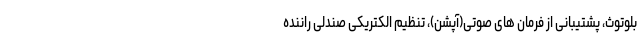
بلوتوث، پشتیبانی از فرمان های صوتی(آپشن)، تنظیم الکتریکی صندلی راننده